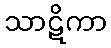
သာဋိကာ